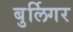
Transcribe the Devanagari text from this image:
बुर्लिगर